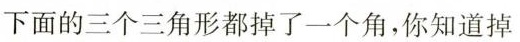
下面的三个三角形都掉了一个角，你知道掉